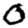
Digit: 0